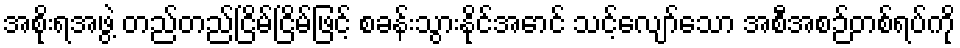
အစိုးရအဖွဲ့ တည်တည်ငြိမ်ငြိမ်ဖြင့် စခန်းသွားနိုင်အောင် သင့်လျော်သော အစီအစဉ်တစ်ရပ်ကို